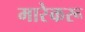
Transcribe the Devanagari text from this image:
मारेकरू